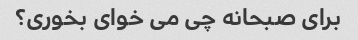
برای صبحانه چی می خوای بخوری؟